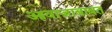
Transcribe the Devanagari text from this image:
आवाजाबाबत